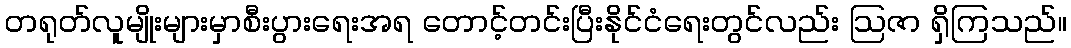
တရုတ်လူမျိုးများမှာစီးပွားရေးအရ တောင့်တင်းပြီးနိုင်ငံရေးတွင်လည်း ဩဇာ ရှိကြသည်။